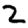
Digit: 2